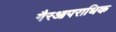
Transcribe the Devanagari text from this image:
गैरआपराधिक